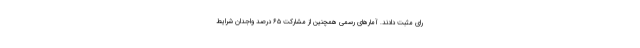
رای مثبت دادند. آمارهای رسمی همچنین از مشارکت ۶۵ درصد واجدان شرایط